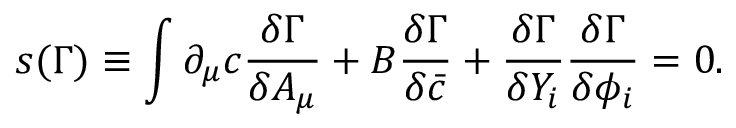
s ( \Gamma ) \equiv \int \partial _ { \mu } c \frac { \delta \Gamma } { \delta A _ { \mu } } + B \frac { \delta \Gamma } { \delta \bar { c } } + \frac { \delta \Gamma } { \delta Y _ { i } } \frac { \delta \Gamma } { \delta \phi _ { i } } = 0 .